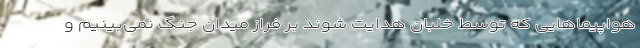
هواپیماهایی که توسط خلبان هدایت شوند بر فراز میدان جنگ نمی‌بینیم و